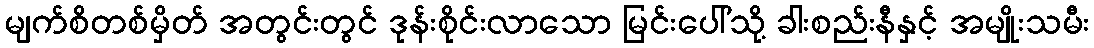
မျက်စိတစ်မှိတ် အတွင်းတွင် ဒုန်းစိုင်းလာသော မြင်းပေါ်သို့ ခါးစည်းနီနှင့် အမျိုးသမီး